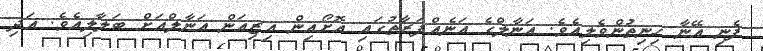
ފެނި އޭނާ ހިނިތުންވެލިއެވެ. އަނާލްގެ އަނެއްފަރާތުގައި އޮށޯއިން އިޒިއަން އަނާލްއަށް ބަލާލިއެވެ. އަދި